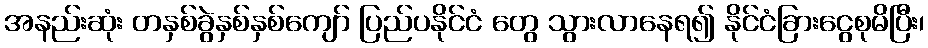
အနည်းဆုံး တနှစ်ခွဲနှစ်နှစ်ကျော် ပြည်ပနိုင်ငံ တွေ သွားလာနေရ၍ နိုင်ငံခြားငွေစုမိပြီး၊